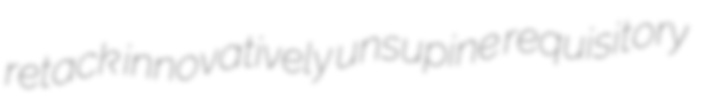
retack innovatively unsupine requisitory